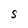
Character: S